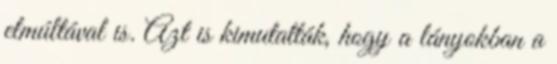
elmúltával is. Azt is kimutatták, hogy a lányokban a